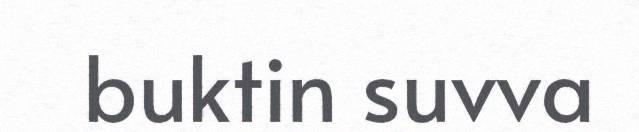
buktin suvva